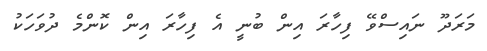
މަރަދޫ ނައިސްވޭ ފިހާރަ އިން ބުނީ އެ ފިހާރަ އިން ކޮންމެ ދުވަހަކު